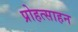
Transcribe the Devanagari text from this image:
प्रोहत्साहन